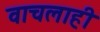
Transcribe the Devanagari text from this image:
वाचलाही